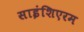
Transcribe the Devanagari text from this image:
साइंशिएरम